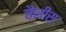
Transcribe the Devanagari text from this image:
चैनीस